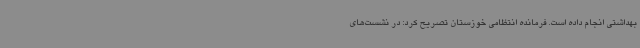
بهداشتی انجام داده است. فرمانده انتظامی خوزستان تصریح کرد: در نشست‌های